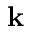
\mathbf { k }